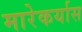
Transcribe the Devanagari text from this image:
मारेकर्यास